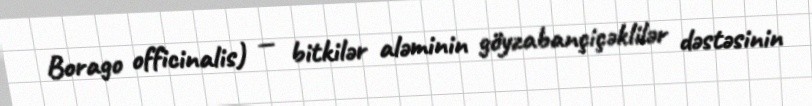
Borago officinalis) — bitkilər aləminin göyzabançiçəklilər dəstəsinin